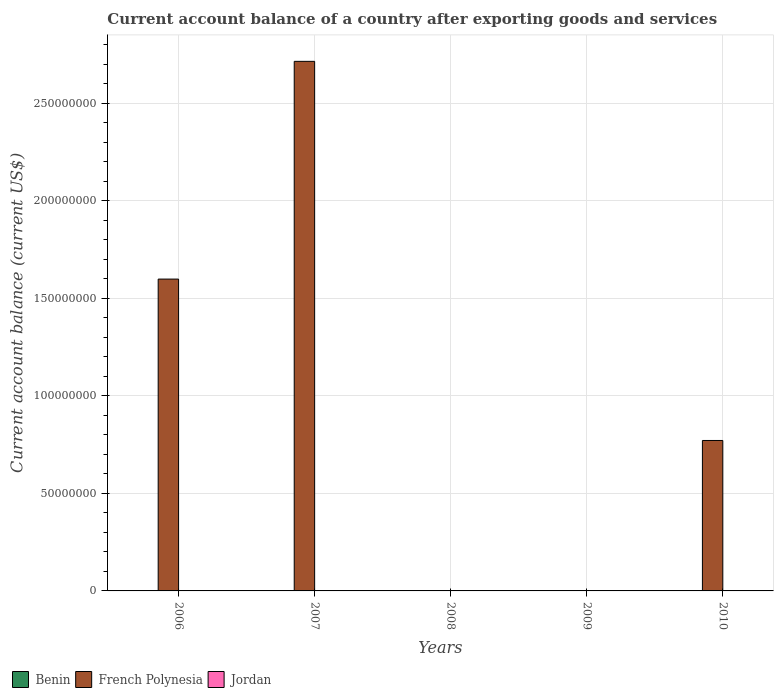
| Years | Benin | French Polynesia | Jordan |
 | --- | --- | --- | --- |
 | 2006 | -2.17e+08 | 1.6e+08 | -1.73e+09 |
 | 2007 | -5.34e+08 | 2.71e+08 | -2.87e+09 |
 | 2008 | -5.36e+08 | -9.06e+07 | -2.05e+09 |
 | 2009 | -6.49e+08 | -4.22e+07 | -1.24e+09 |
 | 2010 | -5.3e+08 | 7.71e+07 | -1.88e+09 |